Report of the Hyderabad Chloroform Commission
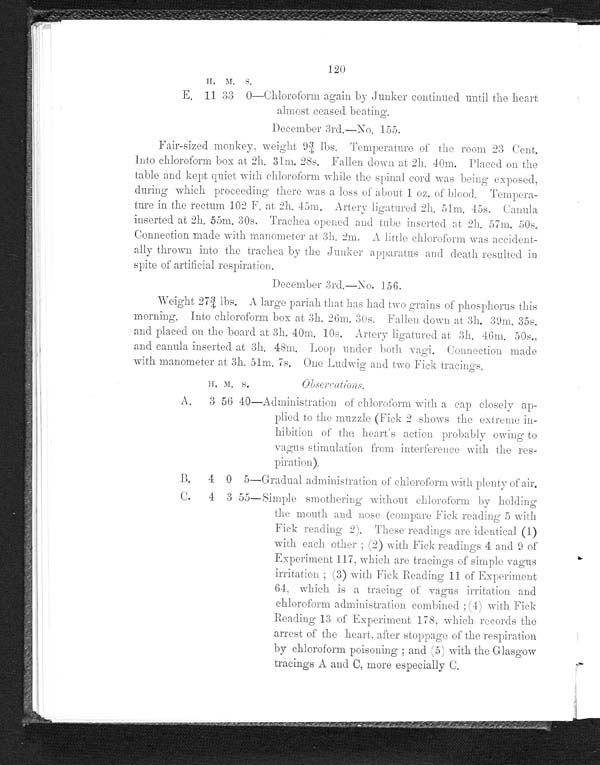
120
H.
M.
S.
E. 11 33
0 —Chloroform again by Junker continued until the heart
almost ceased beating.
December 3rd.—No. 155.
Fair-sized monkey, weight 9 3/4 lbs. Temperature of the room 23 Cent.
Into chloroform box at 2h. 31m. 28s. Fallen down at 2h. 40m. Placed on the
table and kept quiet with chloroform while the spinal cord was being exposed,
during which proceeding there was a loss of about 1 oz. of blood. Tempera-
ture in the rectum 102 F. at 2h. 45m. Artery ligatured 2h. 51m. 45s. Canula
inserted at 2h 55m. 30s. Trachea
opened and tube inserted at 2h. 57m 50s. Connection made with manometer at 3h. 2m. A little chloroform was accident-
ally thrown into the trachea by the Junker apparatus and death resulted in
spite of artificial respiration.
December 3rd.—No. 156.
We i g h t 2 7 3 / 4 l b s . A l a r g e p a r i a h t h a t h a s h a d t wo g r a i n s o f p h o s p h o r u s t h i s
morning. Into chloroform box at 3h. 26m. 30s. Fallen down at 3h. 39m. 35s.
and placed on the board at 3h. 40m. 10s. Artery ligatured at 3h. 46m. 50s.,
and canula inserted at 3h. 48m. Loop under both vagi. Connection made
with manometer at 3h. 51m. 7s. One Ludwig and two Fick tracings.
H. M. S.
Observations.
A.
3 56
4 0
—Administration of chloroform with a cap closely ap-
plied to the muzzle (Fick 2 shows the extreme in-
hibition of the heart's action probably owing to
vagus stimulation from interference with the res-
piration).
B.
4 0
5 —Gradual administration of chloroform with plenty of air.
C.
4 3
5 5
—Simple smothering without chloroform by holding
the mouth and nose (compare Fick reading 5 with
Fick reading 2). These readings are identical (1)
with each other; (2) with Fick readings 4 and 9 of
Experiment 117, which are tracings of simple vagus
irritation; (3) with Fick Reading 11 of Experiment
64, which is a tracing of vagus irritation and
chloroform administration combined; (4) with Fick
Reading 13 of Experiment 178, which records the
arrest of the heart, after stoppage of the respiration
by chloroform poisoning; and (5) with the Glasgow
tracings A and C, more especially C.